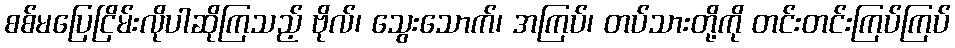
စစ်မပြေငြိမ်းလိုပါဆိုကြသည့် ဗိုလ်၊ သွေးသောက်၊ အကြပ်၊ တပ်သားတို့ကို တင်းတင်းကြပ်ကြပ်